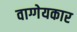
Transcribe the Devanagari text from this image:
वाग्गेयकार